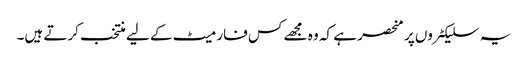
یہ سلیکٹروں پر منحصر ہے کہ وہ مجھے کس فارمیٹ کے لیے منتخب کرتے ہیں۔